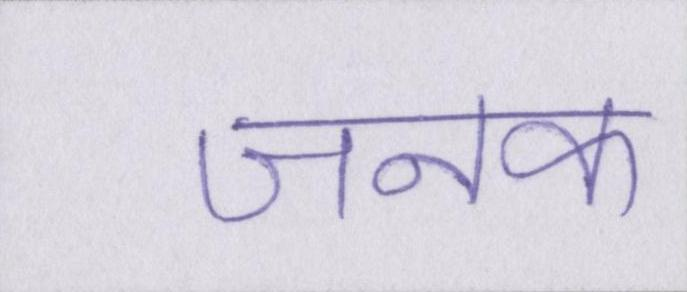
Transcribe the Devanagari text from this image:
जनक